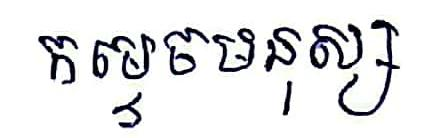
កម្ទេចមនុស្ស